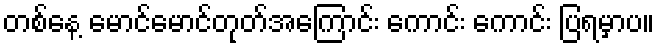
တစ်နေ့ မောင်မောင်တုတ်အကြောင်း ကောင်း ကောင်း ပြရမှာပ။